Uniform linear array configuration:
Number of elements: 48
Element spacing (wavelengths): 0.75
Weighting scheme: hamming
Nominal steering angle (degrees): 30
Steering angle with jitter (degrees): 29.192
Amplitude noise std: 0.05
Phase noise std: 0.05

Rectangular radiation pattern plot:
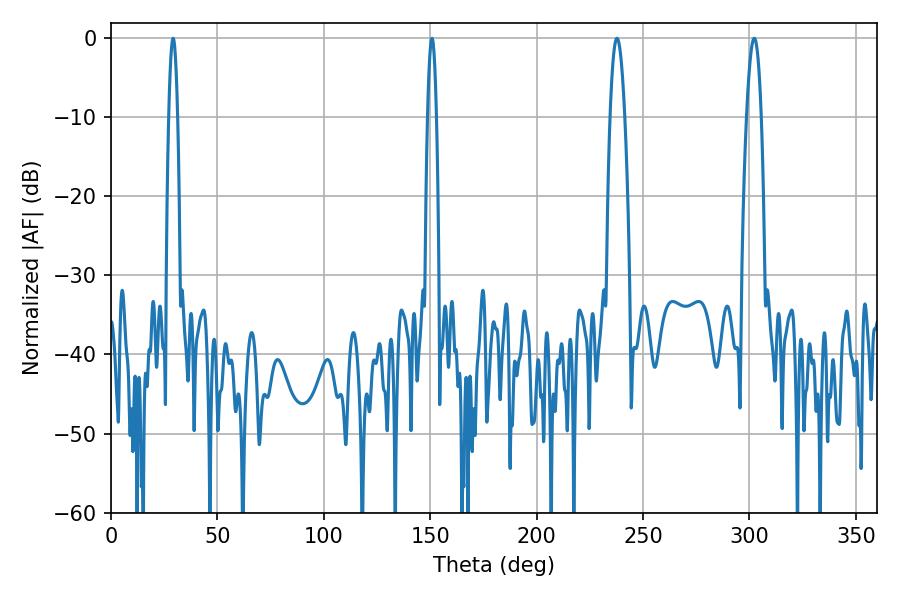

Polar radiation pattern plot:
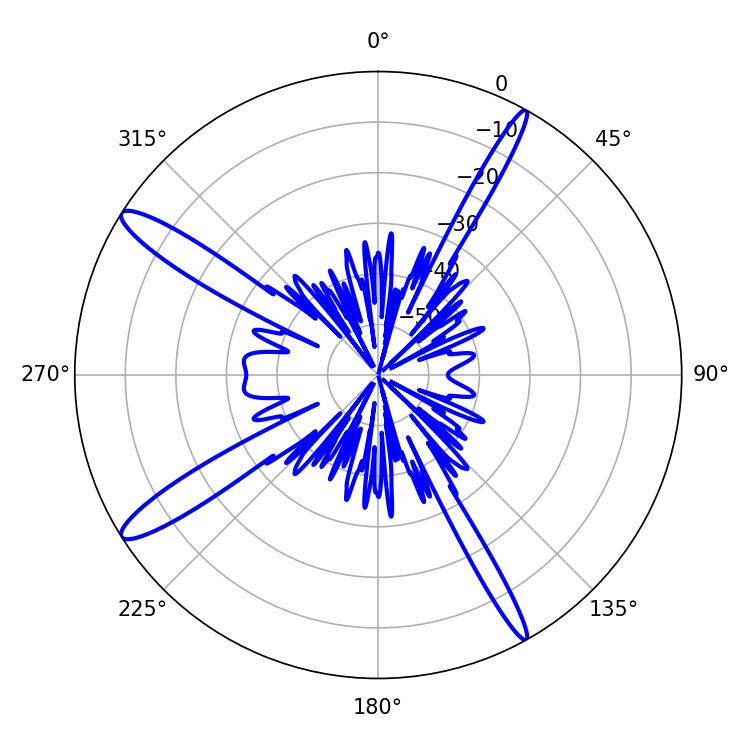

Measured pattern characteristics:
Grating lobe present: TRUE
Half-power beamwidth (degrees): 3.78
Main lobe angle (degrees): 302.22